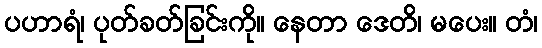
ပဟာရံ၊ ပုတ်ခတ်ခြင်းကို။ နေတာ ဒေတိ၊ မပေး။ တံ၊